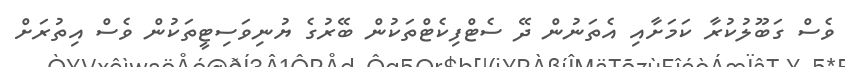
ވެސް ގަބޫލުކުރާ ކަމަށާއި އެތަނުން ދޭ ސެޓްފިކެޓްތަކުން ބޭރުގެ ޔުނިވަސިޓީތަކުން ވެސް އިތުރަށް